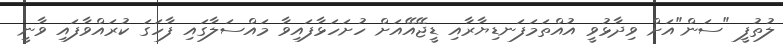
ލުތުފީ "ސަން"އަށް ވިދާޅުވީ އުއްތަމަފަނޑިޔާރާއި ޑީޖޭއޭއަށް ހުށަހަޅާފައިވާ މައްސަލާގައި ފާހަގަ ކުރައްވާފައި ވާނީ